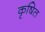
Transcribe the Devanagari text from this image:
कृषित